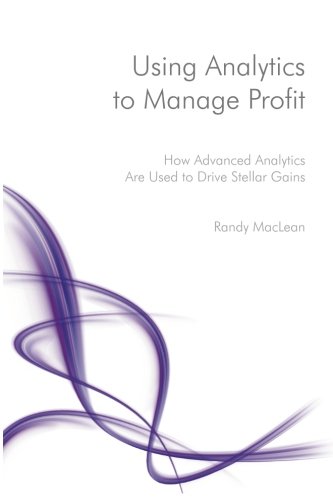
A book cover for Using Analytics to Manage Profit: How Advanced Analytics Are Used to Drive Stellar Gains; Randy MacLean; Business & Money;